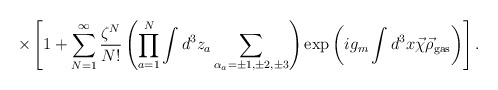
\begin{align*}\times\left[1+\sum\limits_{N=1}^{\infty}\frac{\zeta^N}{N!}\left(\prod\limits_{a=1}^{N}\int d^3z_a\sum\limits_{\alpha_a=\pm 1,\pm 2,\pm 3}^{}\right)\exp\left(ig_m\int d^3x\vec\chi\vec\rho_{\rm gas}\right)\right].\end{align*}